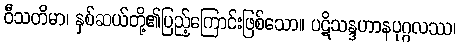
ဝီသတိမာ၊ နှစ်ဆယ်တို့၏ပြည့်ကြောင်းဖြစ်သော။ ပဋိသန္ဒဟာနပုဂ္ဂလဿ၊